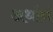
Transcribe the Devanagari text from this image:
अर्थानं